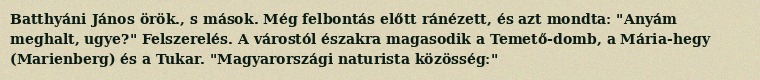
Batthyáni János örök., s mások. Még felbontás előtt ránézett, és azt mondta: "Anyám meghalt, ugye?" Felszerelés. A várostól északra magasodik a Temető-domb, a Mária-hegy (Marienberg) és a Tukar. "Magyarországi naturista közösség:"